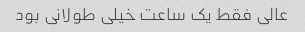
عالی فقط یک ساعت خیلی طولانی بود